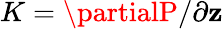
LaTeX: K=\partialP/\partial\mathbf{z}